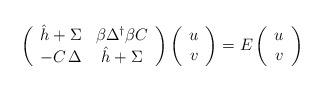
LaTeX: \begin{align*}\left(\begin{array}{cc}\hat h+\Sigma & \beta \Delta ^{\dagger }\beta C \\-C\,\Delta & \hat h+\Sigma\end{array}\right) \left(\begin{array}{c}u \\v\end{array}\right) =E\left(\begin{array}{c}u \\v\end{array}\right) \end{align*}